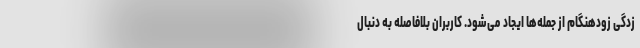
زدگی زودهنگام از جمله‌ها ایجاد می‌‌شود. کاربران بلافاصله به دنبال